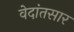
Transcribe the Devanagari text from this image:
वेदांतसार